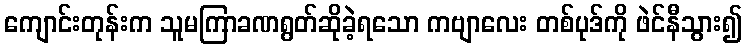
ကျောင်းတုန်းက သူမကြာခဏရွတ်ဆိုခဲ့ရသော ကဗျာလေး တစ်ပုဒ်ကို ဖဲင်နီသွား၍